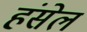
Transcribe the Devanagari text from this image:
हंसेल